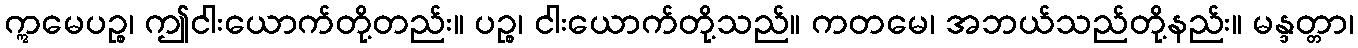
ဣမေပဉ္စ၊ ဤငါးယောက်တို့တည်း။ ပဉ္စ၊ ငါးယောက်တို့သည်။ ကတမေ၊ အဘယ်သည်တို့နည်း။ မန္ဒတ္တာ၊